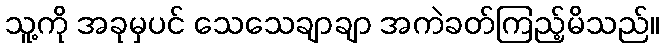
သူ့ကို အခုမှပင် သေသေချာချာ အကဲခတ်ကြည့်မိသည်။